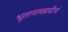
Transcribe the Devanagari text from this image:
भूतानामन्नादीनां